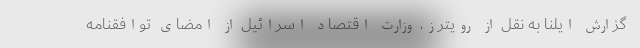
گزارش ایلنا به نقل از رویترز، وزارت اقتصاد اسرائیل ‌از امضای توافقنامه